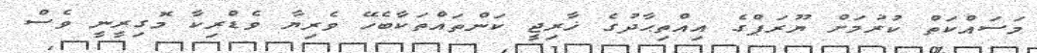
މަސައްކަތް ކުރުމަށް ޔޫރަޕްގެ އިއްތިޙާދުގެ ޚާރިޖީ ކަންތައްތަކާބެހޭ ވެރިޔާ ވެޑްރިކާ މޮގިރީނީ ވެސް